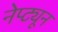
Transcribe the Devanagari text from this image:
नेप्ट्यून